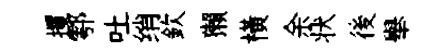
攫鄠吐绡欽獺横余状後舉